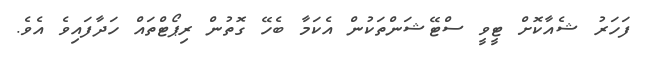
ފަހަރު ޝެއާކޮށް ޓީވީ ސްޓޭޝަންތަކުން އެކަމާ ބެހޭ ގޮތުން ރިޕޯޓްތައް ހަދާފައިވެ އެވެ.